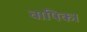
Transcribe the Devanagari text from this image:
वापिका